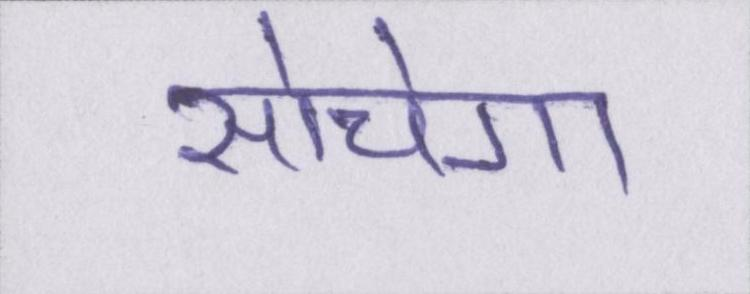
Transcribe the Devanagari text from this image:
सोचेगा